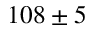
1 0 8 \pm 5